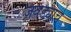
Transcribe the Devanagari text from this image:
जबड्याचे